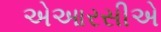
એઆરસીએ